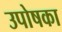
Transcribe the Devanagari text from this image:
उपोषका